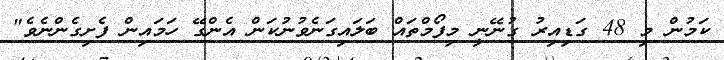
ކަމުން މި 48 ގަޑިއިރު ގުނޭނީ މިފޯމްތައް ބަލައިގަނެވުނުކަން އެންގޭ ހަމައިން ފެށިގެންނެވެ"